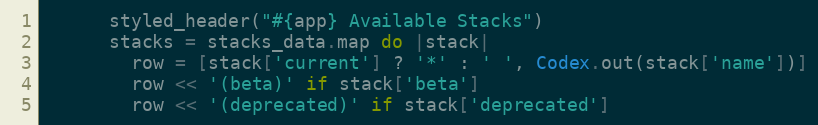
Language: Ruby
      styled_header("#{app} Available Stacks")
      stacks = stacks_data.map do |stack|
        row = [stack['current'] ? '*' : ' ', Codex.out(stack['name'])]
        row << '(beta)' if stack['beta']
        row << '(deprecated)' if stack['deprecated']